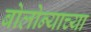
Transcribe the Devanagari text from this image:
बोलोन्याच्या